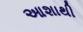
આશાથી